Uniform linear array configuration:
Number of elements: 4
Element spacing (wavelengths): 0.25
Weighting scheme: cosine
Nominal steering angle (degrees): -30
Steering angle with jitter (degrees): -30.566
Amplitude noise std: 0.05
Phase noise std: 0.05

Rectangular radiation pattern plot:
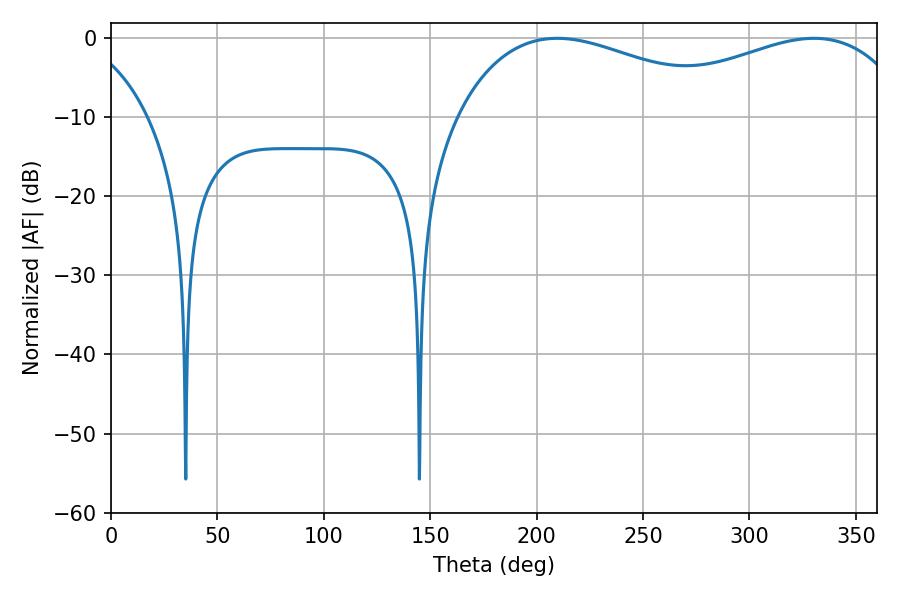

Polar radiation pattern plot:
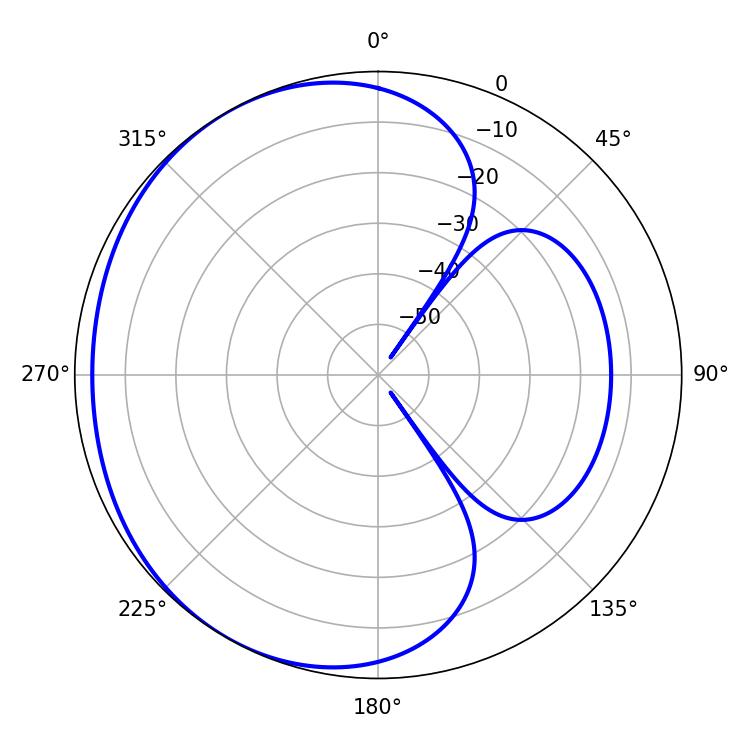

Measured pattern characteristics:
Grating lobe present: FALSE
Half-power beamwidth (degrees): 74.16
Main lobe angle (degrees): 209.7